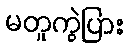
မတူကွဲပြား